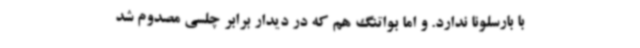
با بارسلونا ندارد. و اما بواتنگ هم که در دیدار برابر چلسی مصدوم شد